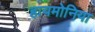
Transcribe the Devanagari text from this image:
हायमोनिया